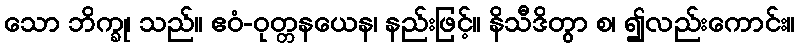
သော ဘိက္ခု၊ သည်။ ဧဝံ-ဝုတ္တနယေန၊ နည်းဖြင့်။ နိသီဒိတွာ စ၊ ၍လည်းကောင်း။